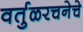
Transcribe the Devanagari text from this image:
वर्तुळरचनेचे